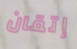
إتقان